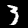
Digit: 3